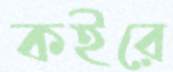
কইরে